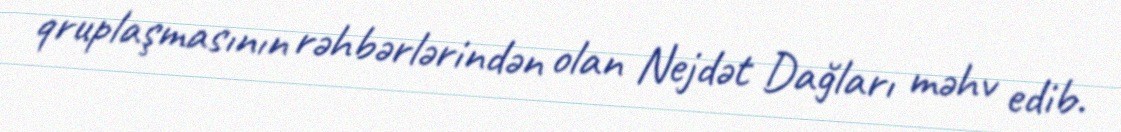
qruplaşmasının rəhbərlərindən olan Nejdət Dağları məhv edib.